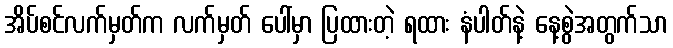
အိပ်စင်လက်မှတ်က လက်မှတ် ပေါ်မှာ ပြထားတဲ့ ရထား နံပါတ်နဲ့ နေ့စွဲအတွက်သာ